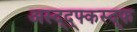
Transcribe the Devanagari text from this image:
अस्द्द्फ्कस्द्फ